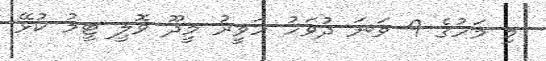
މި މަހުގެ 9 ވަނަ ދުވަހު ހަވީރު މީދޫ ވޮލީ ޓީމު ކުޅޭ